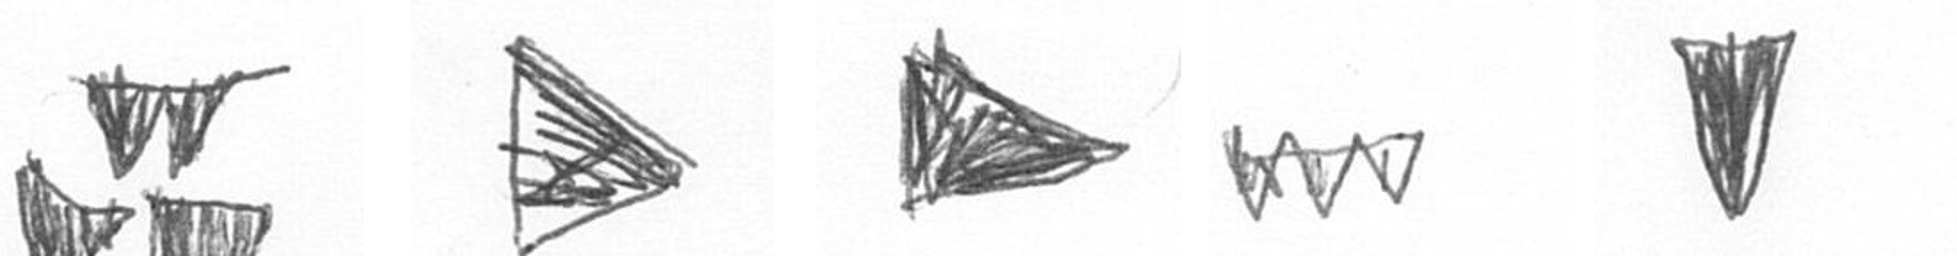
B T T L J